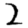
Digit: 2